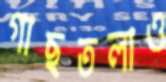
গাছতলাও